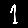
Digit: 1